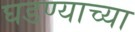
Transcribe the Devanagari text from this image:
घडण्याच्या